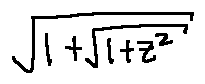
\sqrt { 1 + \sqrt { 1 + z ^ { 2 } } }